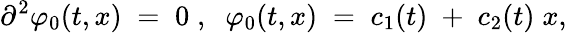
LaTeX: {\partial}^{2}{\varphi}_{0}(t,x)\; =\; 0\; ,\; \; \varphi_{0}(t,x)\; =\; c_{1}(t)\; +\; c_{2}(t)\; x,